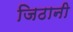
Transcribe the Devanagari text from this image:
जिठानी